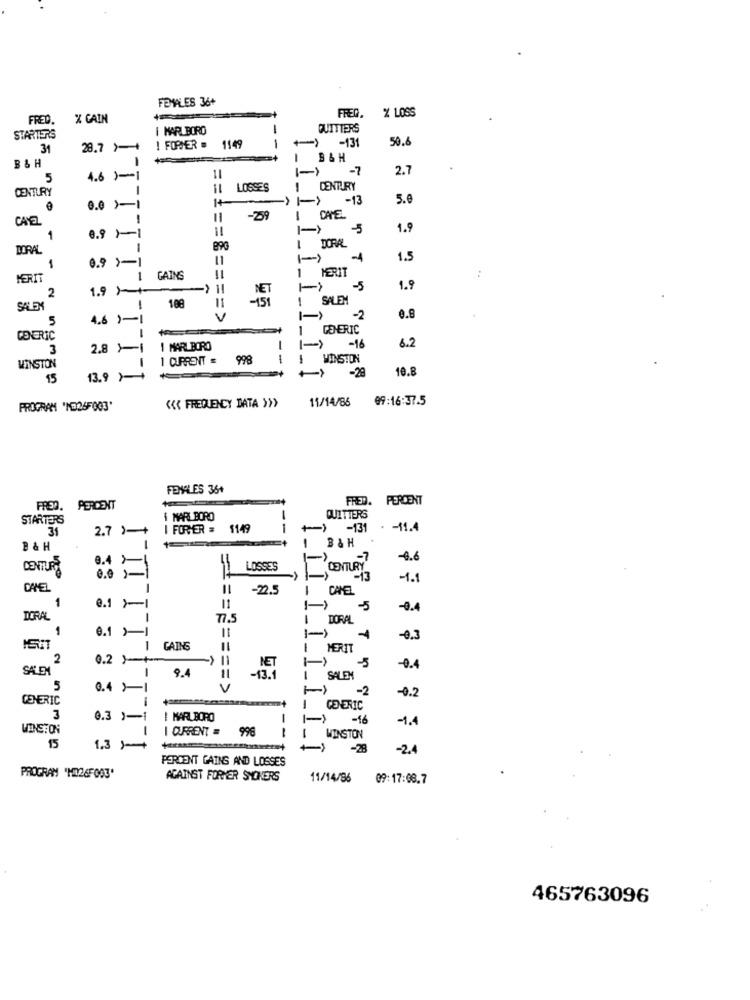
FEMALES 36+
X LOSS
FRED.
X CAIN
FREQ.
I MARLBORO
-
QUITTERS
STARTERS
50.6
31
28.7 >+
! FORMER .
1149
) -131
B&H
B & H
-7
2.7
5
4.6 )-1
11
CENTURY
LOSSES
CENTURY
1+
I->
-13
5.6
0.0 )-
CAYEL
-29
I CHE
-5
1.9
1
0.9 -1
DORAL
I DORAL
11
1-
-4
1.5
1
0.9 >-1
:
MERIT
1
GAINS
1 PERIT
2
1.9 H
-5
1.9
11
1
SALEM
SALEM
-
188
5
4.6 1-1
V
== 8 ==== >
1-
-2
0.8
-
GENERIC
GENERIC
3
2.8 1-1
1 MARLBORO
->
- 16
6.2
1 CURRENT = 998
--
WINSTON
WINSTON
-28
10.8
15
13.9 1
11/14/85
99:16:37.5
PROGRAM 'NO265003'
<< FREQUENCY DATA >>>
FEMALES 36+
FRED. PERCENT
FRED. PERCENT
STARTERS
MARLBORO
-
QUITTERS
31
2.7 )-+
I FORMER = 1149
--
+) -131
- - 11.4
B&H
B&H
4.6
CENTURY
8.41
LOSSES
0.0 1-1
-1.1
CAMEL
-22.5
1
1
CHEL
11
1-) -5
-0.4
DORAL
1
I DORAL
1
0.1 >1
-0.3
1
GAINS
I MERIT
2
0.2 )-+
SALEM
1
94
11
-0.4
I SALEN
5
0.4 )-1
V
-2
-0.2
GENERIC
I GENERIC
3
0.3 )-1
I MARLBORO
-16
-1.4
WINSTON
I CURRENT = 998
15
WINSTON
1.3 )-+
+->
-28
-2.4
PERCENT GAINS AND LOSSES
PROGRAM "MI26F003'
AGAINST FORMER SMOKERS
11/14/96 09:17:08.7
465763096